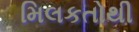
મિલકતોથી